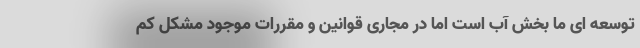
توسعه ای ما بخش آب است اما در مجاری قوانین و مقررات موجود مشکل کم